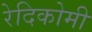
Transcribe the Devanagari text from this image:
रेदिकोमी